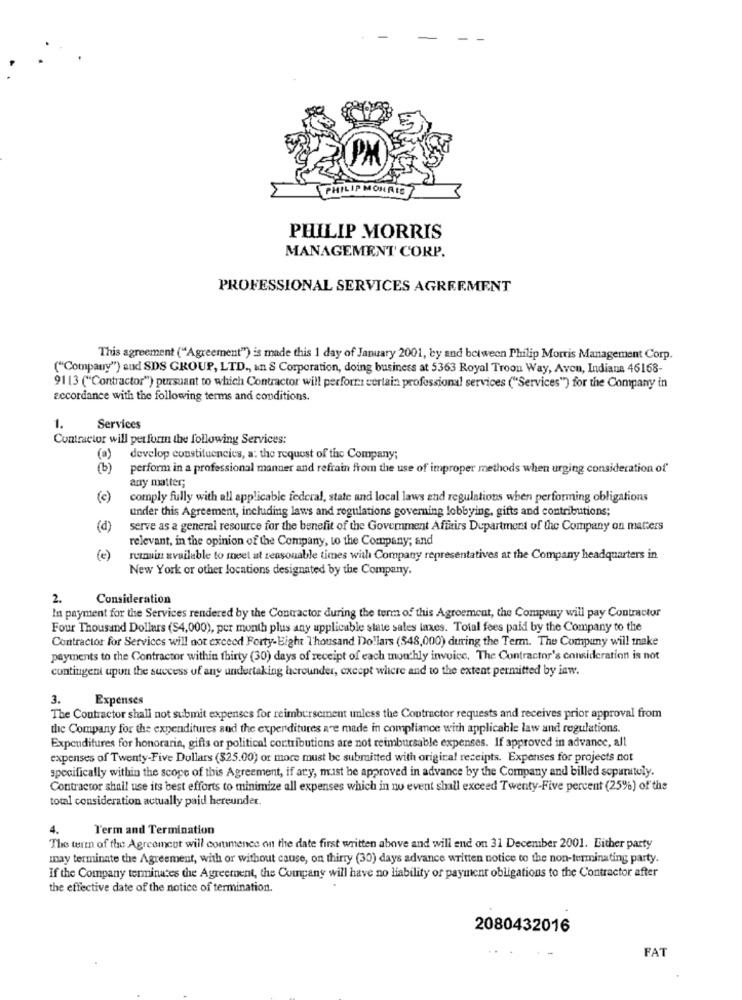
5
PHILIP MORRIS
PHILIP MORRIS
MANAGEMENT CORP.
PROFESSIONAL SERVICES AGREEMENT
This agreement ("Agreement") is made this 1 day of January 2001, by and between Philip Morris Management Corp.
("Company") and SDS GROUP, LTD ., an S Corporation, doing business at 5363 Royal Troon Way, Aven, Indiana 46168-
9113 ("Contractor") pursuant to which Contractor will perform certain professional services ("Services") for the Company in
accordance with the following terms and conditions.
1.
Services
Contractor will perform the following Services:
(a)
develop constituencies, a: the request of the Company;
(6)
perform in a professional manner and refrain from the use of improper methods when urging consideration of
any matter;
(c)
comply fully with all applicable federal, state and local laws and regulations when performing obligations
under this Agreement, including laws and regulations governing lobbying, gifts and contributions;
(d)
serve as a general resource for the benefit of the Government Affairs Department of the Company on matters
relevant, in the opinion of the Company, to the Company; and
( €)
remain available to meet at reasonable times with Company representatives at the Company headquarters in
New York or other locations designated by the Company.
2.
Consideration
In payment for the Services rendered by the Contractor during the term of this Agreement, the Company will pay Contractor
Four Thousand Dollars (S4,000), per month plus any applicable state sales taxes. Total fees paid by the Company to the
Contractor for Services will not exceed Forty-Eight Thousand Dollars (348,000) during the Term. The Company will take
payments to the Contractor within thirty (30) days of receipt of each monthly invoice. The Contractor's consideration is not
contingent upon the success of any undertaking herounder, except where and to the extent permitted by iaw.
3.
Expenses
The Contractor shall not submit expenses for reimbursement unless the Contractor requests and receives prior approval from
the Company for the expenditures and the expenditures are made in compliance with applicable law and regulations.
Expenditures for honoraria, gifts or political contributions are not reimbursable expenses. If approved in advance, all
expenses of Twenty-Five Dollars ($25.00) or more must be submitted with original receipts. Expenses for projects not
specifically within the scope of this Agreement, if any, must be approved in advance by the Company and billed separately.
Contractor shall use its best efforts to minimize all expenses which in no event shall exceed Twenty-Five percent (25%) of the
total consideration actually paid hereunder.
4.
Term and Termination
The teren of the Agreement will commence on the date first written above and will end on 31 December 2001. Either party
may terminate the Agreement, with or without cause, on thirty (30) days advance written notice to the non-terminating party.
If the Company terminates the Agreement, the Company will have no liability of payment obligations to the Contractor after
the effective date of the notice of termination.
2080432016
FAT